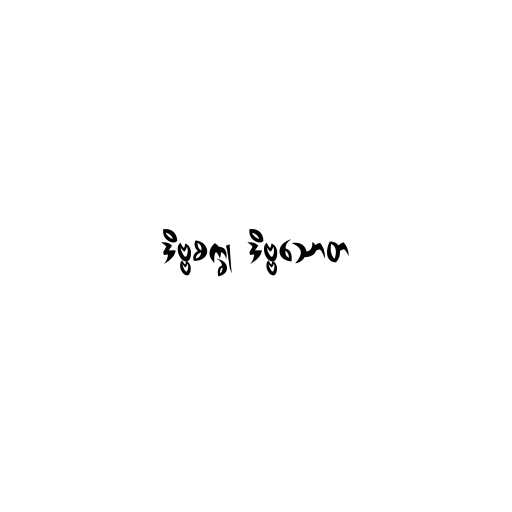
ဒိဗ္ဗစက္ခု ဒိဗ္ဗသောတ